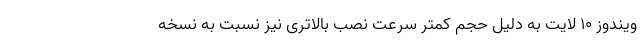
ویندوز ۱۰ لایت به دلیل حجم کمتر سرعت نصب بالاتری نیز نسبت به نسخه